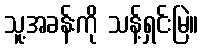
သူ့အခန်းကို သန့်ရှင်းမြဲ။